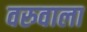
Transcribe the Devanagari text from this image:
वरुवाला